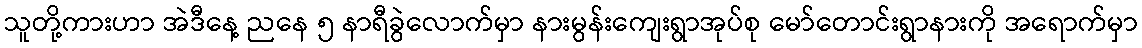
သူတို့ကားဟာ အဲဒီနေ့ ညနေ ၅ နာရီခွဲလောက်မှာ နားမွန်းကျေးရွာအုပ်စု မော်တောင်းရွာနားကို အရောက်မှာ